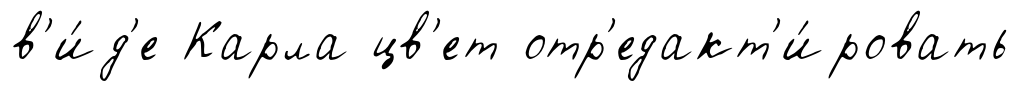
в'и́д'е Карла цв'ет отр'едакт'и́ровать